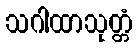
သဂါထာသုတ္တံ